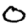
Digit: 0